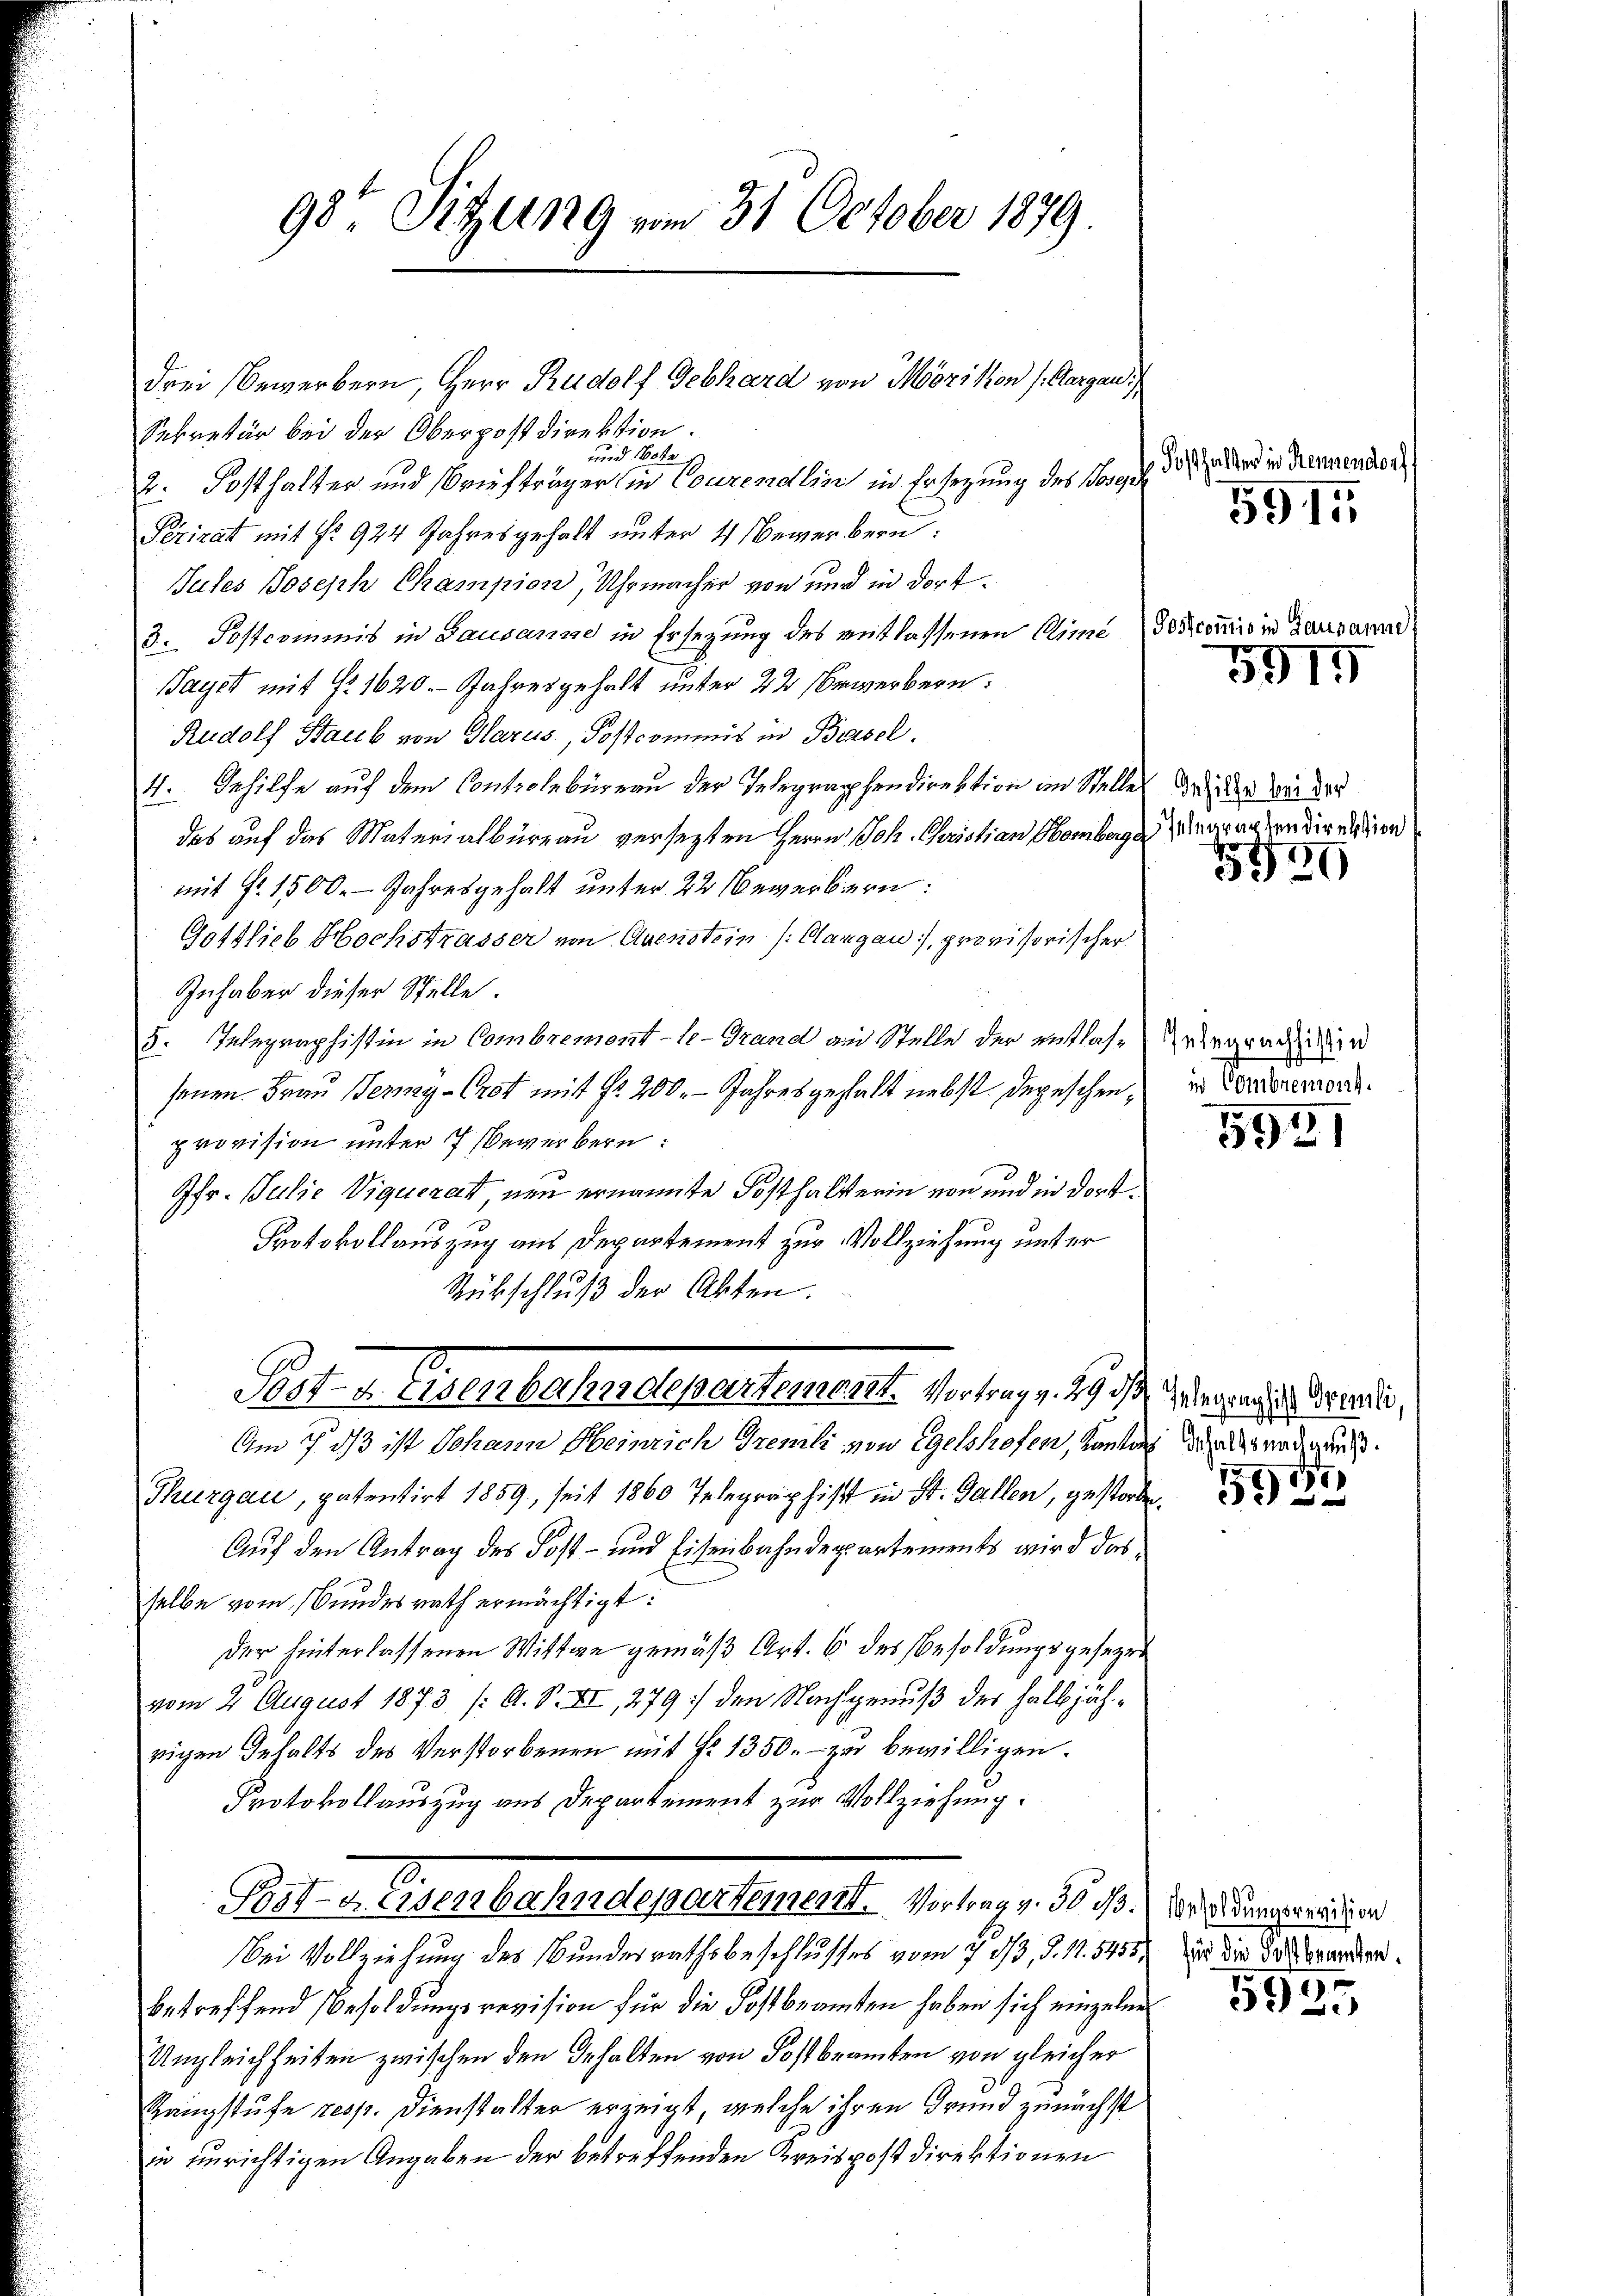
98te Sitzung vom 31. October 1879.

Sekretär bei der Oberpostdirektion.
und 10te
2. Posthalter und Briefträger in Courendlin in Ersezung des Sarg. 237 und in Trennenden
Périrat mit § 924 Jahresgehalt unter 4 Bewerbern:
Jutes Joseph Champion, Uhrmacher von und in dort¬
3. Postcomnis in Bausanne in Ersezung des entlassenen Climé de commis in Lausanne
Sayet mit Nr 1620. Jahresgehalt unter 22 Erwerbern:
Rudolf Staub von Harus, Postcommis in Bessel
 Gehilfe auf dem Controlbürern der Telegraphendirektion an Stelle de der Sei der
4.
des auf das Materialbüreau versezten Herrn Joh. Christian Hombergerrenten direndien
mit Fr. 1500. Jahresgehalt unter 22 bewerbern:
Gottlieb Hochstrasser von Avenstein Clargau), provisorischer
Inhaber dieser Stelle.
5. Telegraphistin in Combremont-le-Grand an Stelle der entlassenen Frau Berg-Crot mit Fr. 200. - Jahresgehalt nebst depeschen, in Contorenwort.
provision unter 7 Bewerbern:
Gfr. Julie Viquerat neu ernannte Posthalterin von und in dort¬
Protokollauszug aus Departement zur Vollziehung unter
Rübschluß der Akten.
Parten Gegensbahndepartement. Vertrag. 19. d. M. er einer seine
Am 7. ds ist Johann Heinrich Tremli von Egelshofen, ventar danadigung
Thurgau, patentirt 1859, seit 1860 Telegraphist in St. Gallen, gestorben.
Auf den Antrag des Post- und Eisenbahndepartements wird das
selbe vom Bundesrath ermächtigt:
der hinterlassenen Wittwe gemäß Art. 6 des Besoldungsgesezen
vom 2. August 1873 /: A. S. II, 279 :/ den Nachgenuß der halbjährigen Gehalts des Verstorbenen mit No 1350.- zu bewilligen.
Protokollauszug aus Departement zur Vollziehung.
Rat. v. Eisenbahndepartementl. Vertrag d. d. M. D. Regierunter
ei Vollziehung des Bundesrathsbeschlusses vom 7. ds, d. 11. 5455, in die der Grunden
betreffend Besoldungsrevision für die Kostbeamten haben sich einzelne
Ungleichheiten zwischen den Inhalten von Kostbeamten von gleicher
Rangstufe resp. Dienstalter erzeigt, welche ihren Grund zunächst
in einrichtigen Angaben der betreffenden Kreispost Direktionen

drei Bewerbern, Herr Rudolf Gebhard von Mörikon (Aargau

5915

5915

5529

Gelegrachsistin

5921

1
59

5925